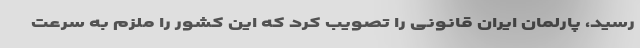
رسید، پارلمان ایران قانونی را تصویب کرد که این کشور را ملزم به سرعت